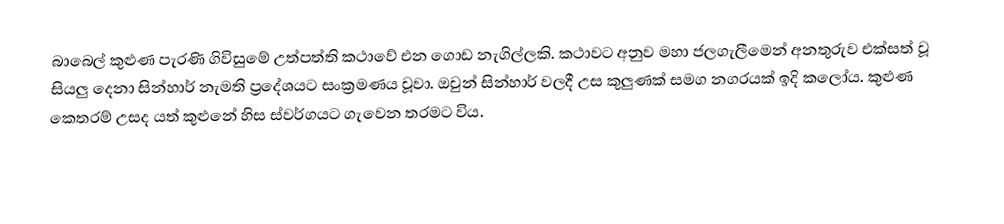
බාබෙල් කුළුණ පැරණි ගිවිසුමේ   උත්පත්ති කථාවේ එන  ගොඩ නැගිල්ලකි. කථාවට අනුව  මහා ජලගැලීමෙන් අනතුරුව   එක්සත් වූ සියලු දෙනා සින්හාර් නැමති ප්‍රදේශයට සංක්‍රමණය වූවා. ඔවුන් සින්හාර් වලදී   උස කුලුණක් සමග නගරයක් ඉදි කලෝය.  කුළුණ කෙතරම් උසද යත්  කුළුනේ  හිස  ස්වර්ගයට  ගැවෙන තරමට විය.